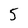
Character: 5